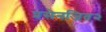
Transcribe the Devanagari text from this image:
प्रसेनजित२